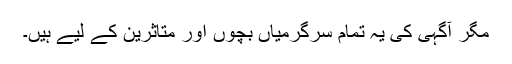
مگر آگہی کی یہ تمام سرگرمیاں بچوں اور متاثرین کے لیے ہیں۔